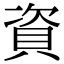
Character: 資